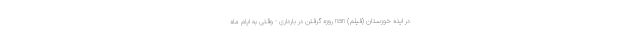
در ایذه خوزستان (فیلم) nan روزه گرفتن در بارداری - وقتی به ایام ماه